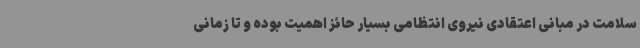
سلامت در مبانی اعتقادی نیروی انتظامی بسیار حائز اهمیت بوده و تا زمانی